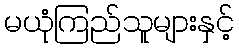
မယုံကြည်သူများနှင့်